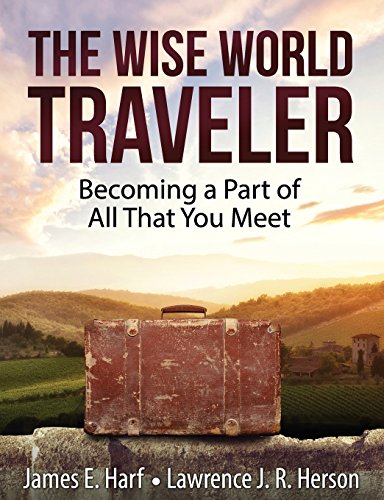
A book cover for The Wise World Traveler; James E. Harf; Travel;